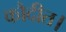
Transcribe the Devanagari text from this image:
कौदीत।